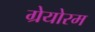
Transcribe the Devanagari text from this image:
ग्रेयोरम